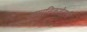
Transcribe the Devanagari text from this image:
आधुनिकतेतली